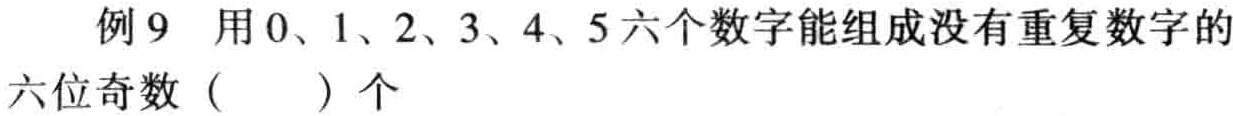
例 9 用 0、1、2、3、4、5 六个数字能组成没有重复数字的六位奇数（  ）个